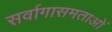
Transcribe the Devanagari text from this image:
सर्वागासमताओं